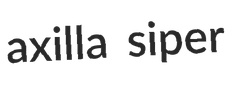
axilla siper